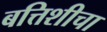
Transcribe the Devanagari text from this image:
बत्तिशीचा